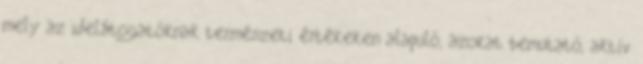
mely az idelátogatóknak természeti értékeken alapuló, azokat bemutató, aktív